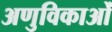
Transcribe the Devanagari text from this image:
अणुविकाओं